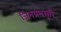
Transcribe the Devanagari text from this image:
जिनप्रभसूरि